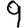
Digit: 9